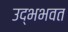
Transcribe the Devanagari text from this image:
उद्भभवत